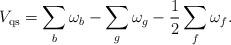
LaTeX: \begin{align*}V_{ {\rm qs}} = \sum_{b}\omega_b-\sum_{g} \omega_g -\frac{1}{2}\sum_{f} \omega_f. \end{align*}